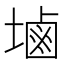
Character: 塷